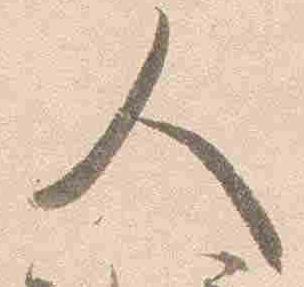
人